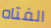
الفتاه